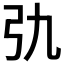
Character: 𢎩